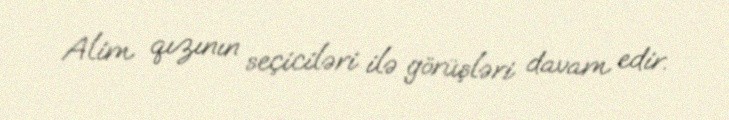
Alim qızının seçiciləri ilə görüşləri davam edir.